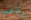
واذهب